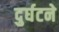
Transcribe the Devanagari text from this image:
दुर्घटने